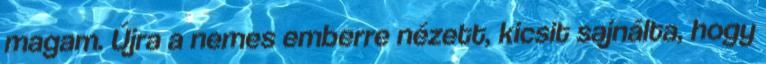
magam. Újra a nemes emberre nézett, kicsit sajnálta, hogy